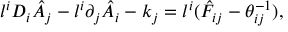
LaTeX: l ^ { i } D _ { i } \hat { A } _ { j } - l ^ { i } \partial _ { j } \hat { A } _ { i } - k _ { j } = l ^ { i } ( \hat { F } _ { i j } - \theta _ { i j } ^ { - 1 } ) ,